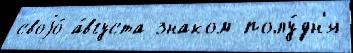
своjо́ а́вгуста знаком полу́дн'я